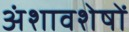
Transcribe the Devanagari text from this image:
अंशावशेषों